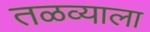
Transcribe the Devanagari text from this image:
तळव्याला